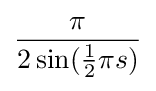
{\frac {\pi }{2\sin({\tfrac {1}{2}}\pi s)}}